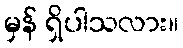
မှန် ရှိပါသလား။